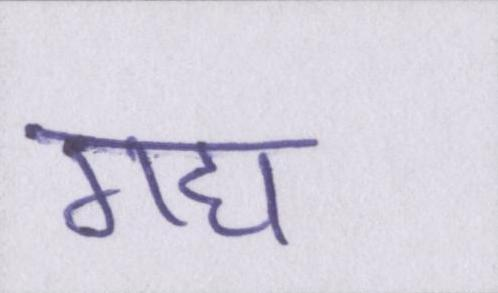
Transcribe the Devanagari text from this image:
गद्य